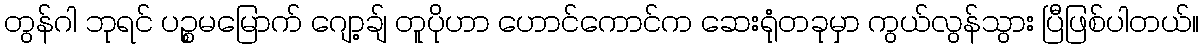
တွန်ဂါ ဘုရင် ပဉ္စမမြောက် ဂျော့ချ် တူပိုဟာ ဟောင်ကောင်က ဆေးရုံတခုမှာ ကွယ်လွန်သွား ပြီဖြစ်ပါတယ်။